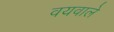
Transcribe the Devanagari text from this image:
वयवाले